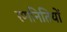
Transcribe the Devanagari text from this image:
रणनितियों